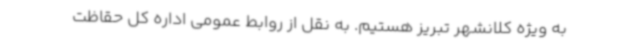
به ویژه کلانشهر تبریز هستیم. به نقل از روابط عمومی اداره کل حقاظت